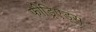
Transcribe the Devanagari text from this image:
फीड्रिएड्स